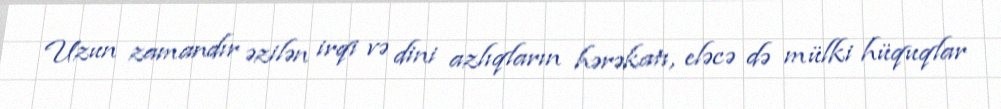
Uzun zamandır əzilən irqi və dini azlıqların hərəkatı, eləcə də mülki hüquqlar